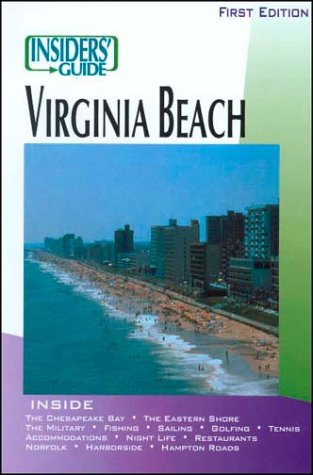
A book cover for The Insiders' Guide to Virginia Beach; Sally Kirby Hartman; Travel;